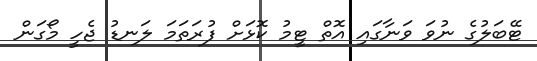
ޓޭބަލުގެ ނުވަ ވަނާގައި އޮތް ޓީމު ކޮޅަށް ފުރަތަމަ ލަނޑު ޖެހީ މޯގަން